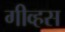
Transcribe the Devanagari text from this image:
गीव्हस